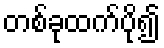
တစ်ခုထက်ပို၍